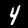
Label: 4